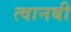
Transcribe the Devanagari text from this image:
त्वानबी